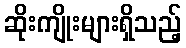
ဆိုးကျိုးများရှိသည့်